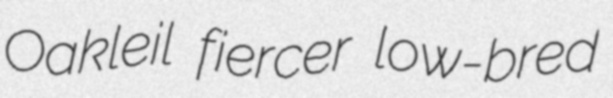
Oakleil fiercer low-bred